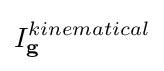
I_{\mathbf {g} }^{kinematical}